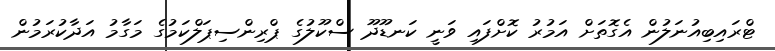
ޓްރައިބިއުނަލުން އެގޮތަށް އަމުރު ކޮށްފައި ވަނީ ކަނޑޫދޫ ސްކޫލުގެ ޕްރިންސިޕަލްކަމުގެ މަގާމު އަދާކުރަމުން